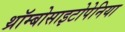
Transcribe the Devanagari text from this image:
थ्रॉम्बोसाइटोपेनिया